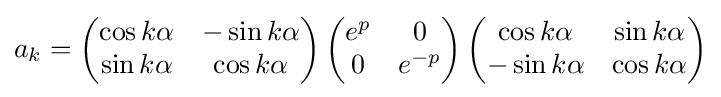
a_{k}=\left({\begin{matrix}\cos k\alpha &-\sin k\alpha \\\sin k\alpha &\cos k\alpha \end{matrix}}\right)\left({\begin{matrix}e^{p}&0\\0&e^{-p}\end{matrix}}\right)\left({\begin{matrix}\cos k\alpha &\sin k\alpha \\-\sin k\alpha &\cos k\alpha \end{matrix}}\right)